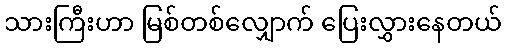
သားကြီးဟာ မြစ်တစ်လျှောက် ပြေးလွှားနေတယ်